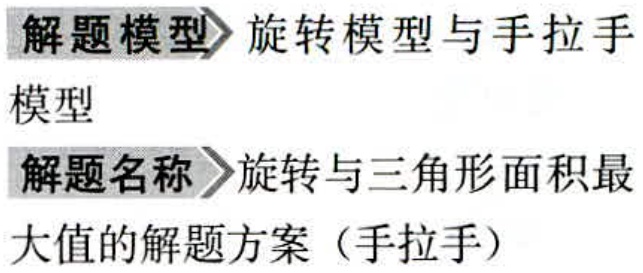
\begin{center}
  \textbf{解题模型}  旋转模型与手拉手模型\\
  \textbf{解题名称}  旋转与三角形面积最大值的解题方案（手拉手）
\end{center}